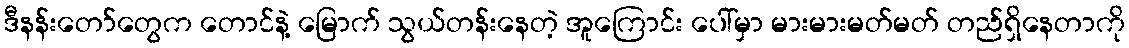
ဒီနန်းတော်တွေက တောင်နဲ့ မြောက် သွယ်တန်းနေတဲ့ အူကြောင်း ပေါ်မှာ မားမားမတ်မတ် တည်ရှိနေတာကို